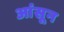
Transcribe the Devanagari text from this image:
आंसून